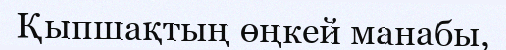
Қыпшақтың өңкей манабы,